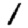
Digit: 1